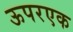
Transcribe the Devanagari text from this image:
ऊपरएक